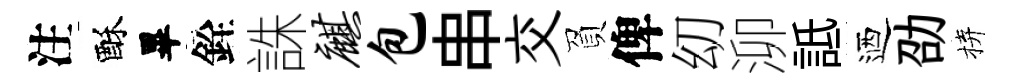
注酥畢銓誅麒包串交負俾㓜泖詆迺劭拚